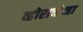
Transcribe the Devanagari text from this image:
व्होराचोव्हा